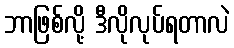
ဘာဖြစ်လို့ ဒီလိုလုပ်ရတာလဲ